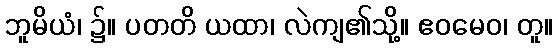
ဘူမိယံ၊ ၌။ ပတတိ ယထာ၊ လဲကျ၏သို့။ ဧဝမေဝ၊ တူ။